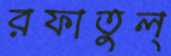
রফাতুল্